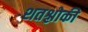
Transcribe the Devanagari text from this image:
शतश्लोकी